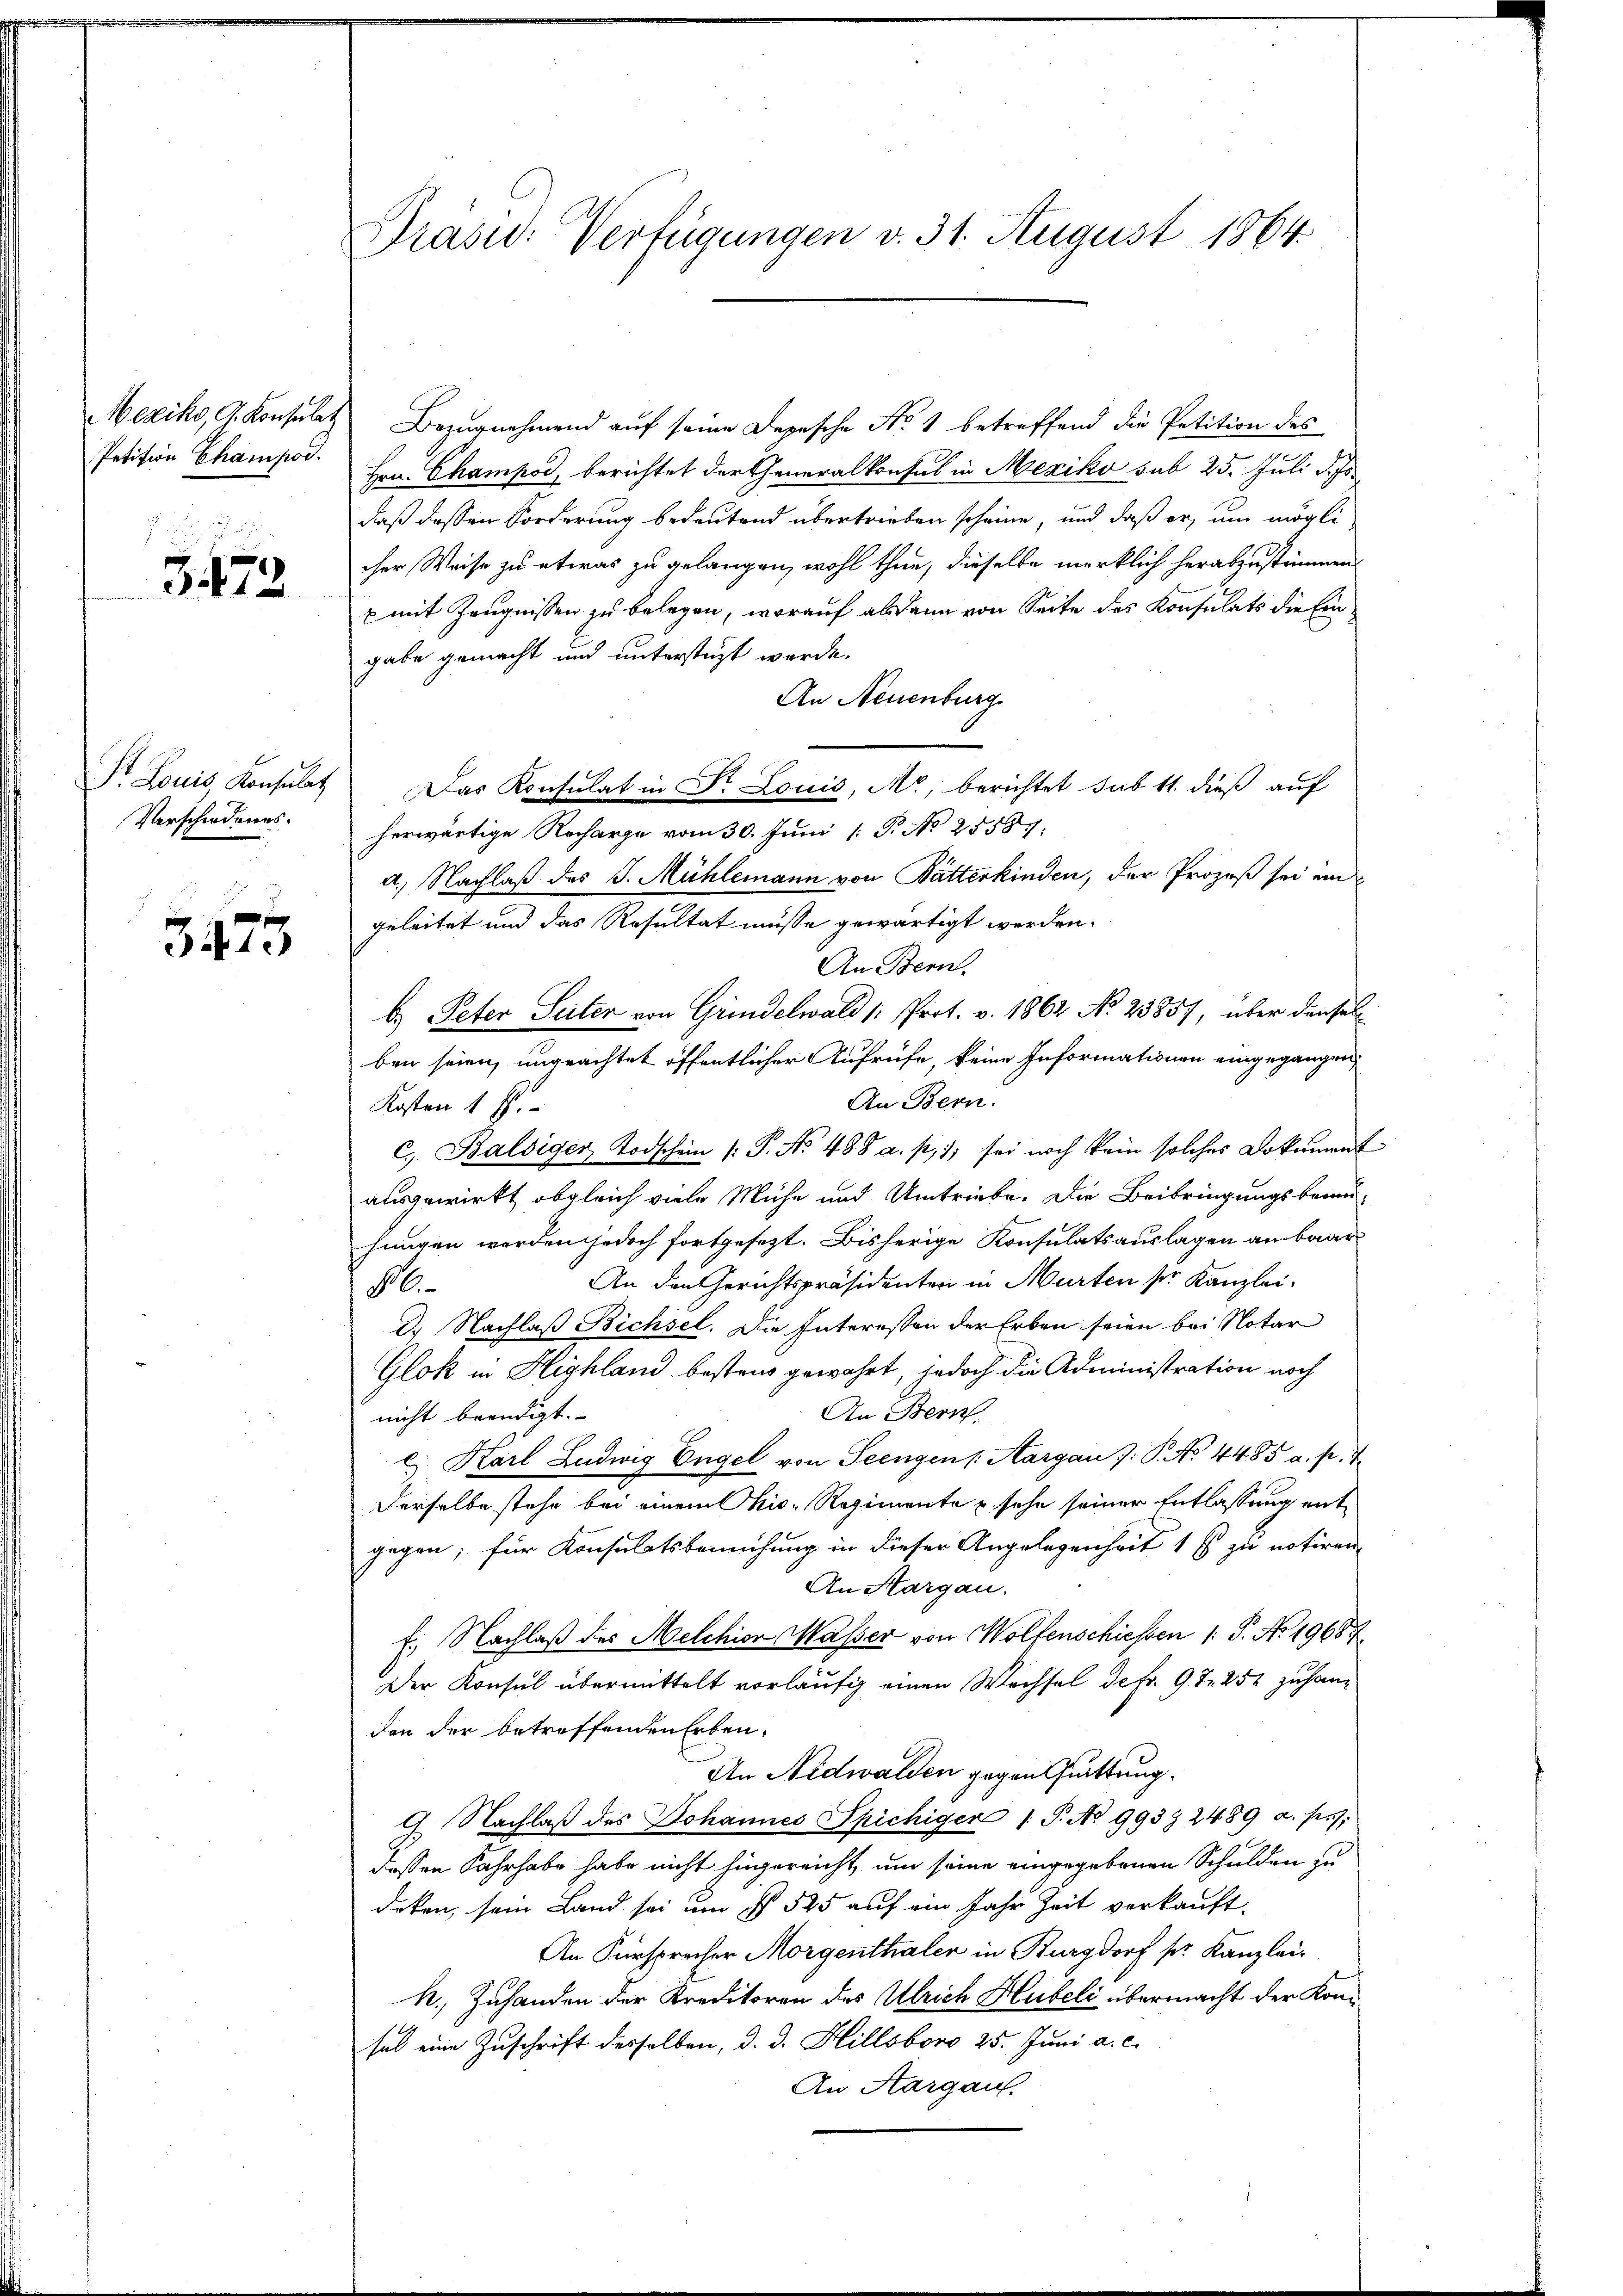
Mexiko, G. Konsulat
Petition Champod.

3472

St. Louis Konsulat
Verschiedenes.

3473.

Präsid. Verfügungen v. 31. August 1864.

Bezugnehmend auf seine Depesche No. 1 betreffend die Petition des
Hrn. Champod, berichtet der Generalkonfes in Mexiko sub 25. Juli d. Js.
daß dessen Forderung bedeutend übertrieben scheine, und daß er, um mögli
cher Weise zu etwas zu gelangen, wohl thun, dieselbe merklich herabzustimmen.
x mit Zeugnissen zu belegen, worauf alsdann von Seite des Konsulats die Eingabe gemacht und unterstüzt werde.
An Neuenburg
Das Konsulat in Dr. Louis, M., berichtet sub 11. dieß auf
herwärtige Recharge vom 30. Juni [ P. No 25587.
a.) Nachlaß des J. Mühlemann von Batterkinden, der Prozeß sei ein
geleitet und das Resultat müsse gewärtigt werden.
An Bern.
b. Peter Seiten von Grindelwald 1. Prot. v. 1862 No 23857, über densel
ben seien, ungeachtet öffentlicher Aufrufe, keine Informationen eingegangen,
An Bern.
Kosten 1 ff.
c). Balsiger Todschein /: P. Nr. 488 a. p. 1 sei noch kein solches Dokument
ausgewirkt, obgleich viele Mühe und Umtriebe. Die Beibringungsbemu-
hungen werden jedoch fortgesezt. Bisherige Konsulatsauslagen an baar
An den Gerichtspräsidenten in Murten ser Kanzlei-
6
d. Nachlaß Bichsel. Die Interessen der Erben seien bei Notar
Glok in Highland bestens gewahrt, jedoch die Administration noch
An Bern.
nicht beendigt.
c. Karl Ludwig Engel von Seengen /: Aargau 7. P. No. 4485 a. p. 7
Derselbe stehe bei einem Chis-Regimente u sehe seiner Entlassung entgegen; für Konsulatsbemühung in dieser Angelegenheit 1 fl zu notiren
An Margau.
f. Nachlaß des Melchior Wasser von Wolfenschiessen 1. P. No 19687.
Der Konsul übermittelt vorläufig einen Wechsel de fr. 9 te 252 zu han
don der betreffenden Erben,
An Nidwalden gegen Quittung.
9 Nachlaβ des Johannes Spichiger /: P. No 993 § 2489 a. p.):
dessen Fahrhabe habe nicht hingereicht, um seine eingegebenen Schulden zu
deken, sein Land sei um § 525 auf ein Jahr Zeit verkauft,
An Fürsprecher Morgenthaler in Burgdorf pr. Kanzlei-
k. Zuhanden der Kreditoren des Ulrich Hubeli übermacht der Konsal eine Zuschrift desselben, d. d. Hillsboro 25. Juni a. c.
An Aargau.